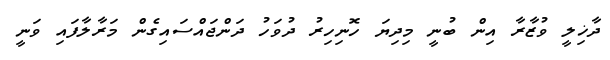
ދާޚިލީ ވުޒާރާ އިން ބުނީ މިދިޔަ ހޮނިިހިރު ދުވަހު ދަންޖައްސައިގެން މަރާލާފައި ވަނީ